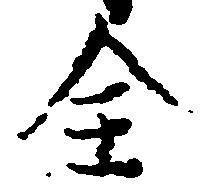
全